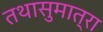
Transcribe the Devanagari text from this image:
तथासुमात्रा